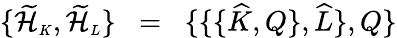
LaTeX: \{ \widetilde{\cal H}_{\scriptscriptstyle K},\widetilde{\cal H}_{\scriptscriptstyle L}\} \; \; =\; \; \{ \{ \{ \widehat{K},Q\} ,\widehat{L}\} ,Q\}